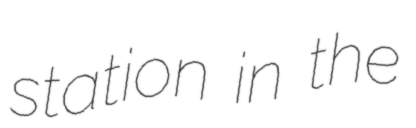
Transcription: station in the